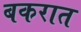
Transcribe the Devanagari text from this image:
बकरात